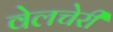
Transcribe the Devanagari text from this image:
वेलचेरी